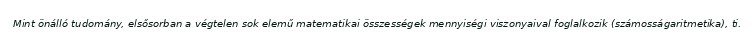
Mint önálló tudomány, elsősorban a végtelen sok elemű matematikai összességek mennyiségi viszonyaival foglalkozik (számosságaritmetika), ti.